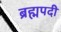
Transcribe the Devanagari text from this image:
ब्रह्मपदी